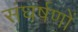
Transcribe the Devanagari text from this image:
संघर्षणों